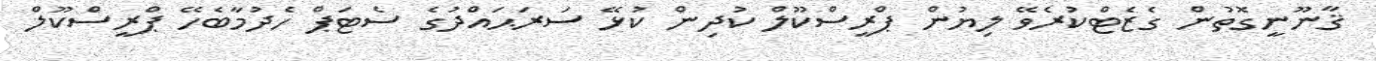
ޤާނޫނީގޮތުން ގެޒެޓްކުރެވޭ ލިޔުން ޕްރީސްކޫލް ކުދިން ކުޅޭ ސަރަޙައްދުގެ ސެޓަޕް ހެދުމާބެހޭ ޕްރީސްކޫލް